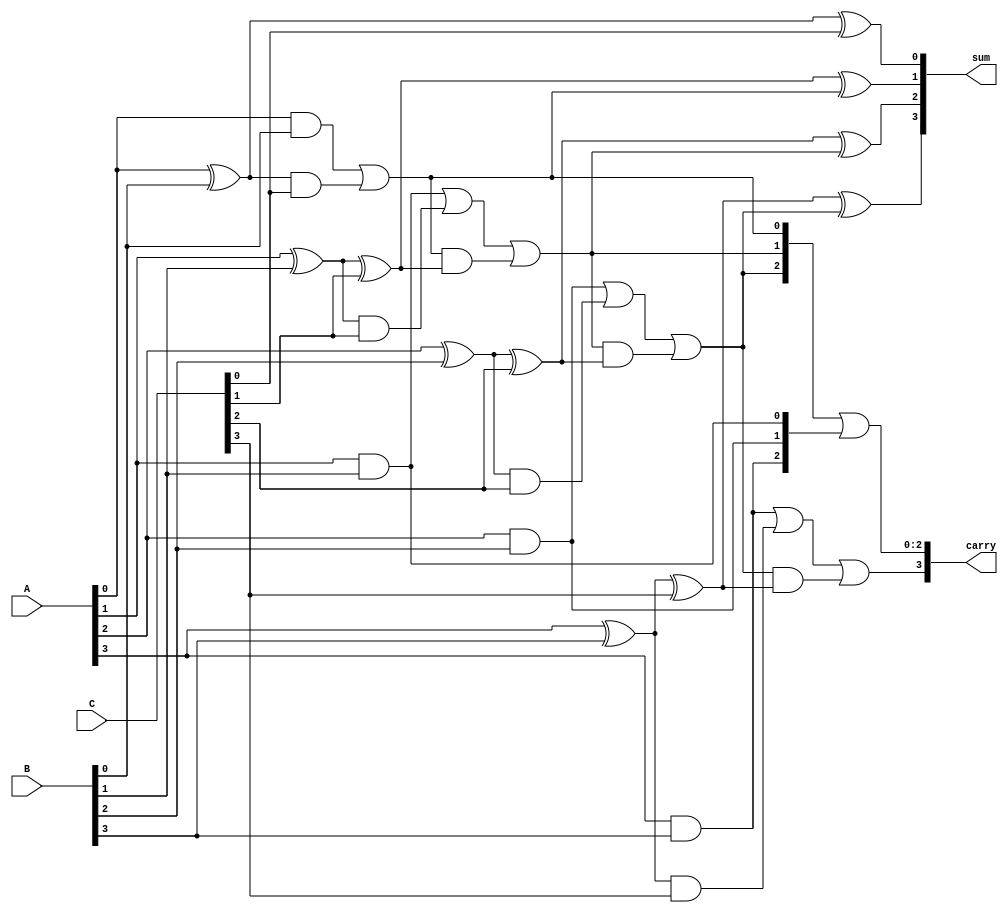
module CarrySaveAdder #(parameter N = 4) (
    input  [N-1:0] A, // First input
    input  [N-1:0] B, // Second input
    input  [N-1:0] C, // Third input
    output [N-1:0] sum, // Sum output
    output [N-1:0] carry // Carry output
);

    wire [N-1:0] HA_sum; // Half adder sum outputs
    wire [N-1:0] HA_carry; // Half adder carry outputs
    wire [N-1:0] FA_sum; // Full adder sum outputs
    wire [N-1:0] FA_carry; // Full adder carry outputs

    // Half Adders for the first two inputs (A and B)
    genvar i;
    generate
        for (i = 0; i < N; i = i + 1) begin : half_adders
            if (i == 0) begin
                // First bit: Half Adder for A[0] and B[0]
                assign HA_sum[i] = A[i] ^ B[i];
                assign HA_carry[i] = A[i] & B[i];
            end else begin
                // Subsequent bits: Half Adder for A[i] and B[i]
                assign HA_sum[i] = A[i] ^ B[i];
                assign HA_carry[i] = A[i] & B[i];
            end
        end
    endgenerate

    // Full Adders for the sum of Half Adders and the third input (C)
    generate
        for (i = 0; i < N; i = i + 1) begin : full_adders
            if (i == 0) begin
                // First bit: Full Adder for HA_sum[0] and C[0]
                assign FA_sum[i] = HA_sum[i] ^ C[i];
                assign FA_carry[i] = HA_carry[i] | (HA_sum[i] & C[i]);
            end else begin
                // Subsequent bits: Full Adder for HA_sum[i] and C[i]
                assign FA_sum[i] = HA_sum[i] ^ C[i] ^ FA_carry[i-1];
                assign FA_carry[i] = HA_carry[i] | (HA_sum[i] & C[i]) | (FA_carry[i-1] & (HA_sum[i] ^ C[i]));
            end
        end
    endgenerate

    // Final outputs
    assign sum = FA_sum;
    assign carry = {FA_carry[N-1], FA_carry[N-2:0] | HA_carry[N-1:1]};

endmodule